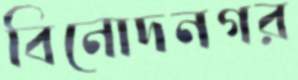
বিনোদনগর